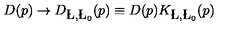
D ( p ) \rightarrow D _ { \L , \L _ { 0 } } ( p ) \equiv D ( p ) K _ { \L , \L _ { 0 } } ( p )